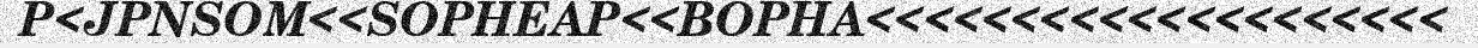
P<JPNSOM<<SOPHEAP<<BOPHA<<<<<<<<<<<<<<<<<<<<